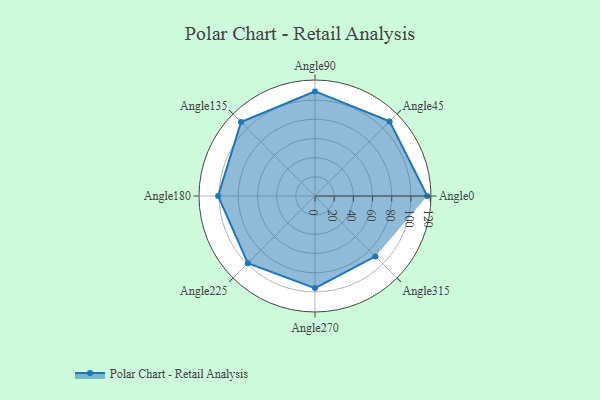
{"axis": {"x": "Angle", "y": "Radius"}, "legend": [""], "data": [{"x": "Angle0", "y": 117.0, "type": ""}, {"x": "Angle45", "y": 110.0, "type": ""}, {"x": "Angle90", "y": 109.0, "type": ""}, {"x": "Angle135", "y": 109.0, "type": ""}, {"x": "Angle180", "y": 101.0, "type": ""}, {"x": "Angle225", "y": 99.0, "type": ""}, {"x": "Angle270", "y": 96.0, "type": ""}, {"x": "Angle315", "y": 89.0, "type": ""}]}